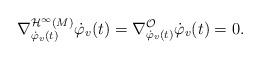
LaTeX: \begin{align*}\nabla_{\dot{\varphi}_v(t)}^{\mathcal{H}^{\infty}(M)} \dot{\varphi}_{v}(t)=\nabla_{\dot{\varphi}_v(t)}^{\mathcal{O}} \dot{\varphi}_{v}(t) = 0.\end{align*}